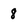
Character: 8